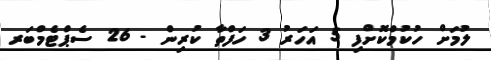
ލުމަށް ހުކުމްކޮށްފި 5 އަހަރު 3 ހަފްތާ ކުރިން - 26 ސެޕްޓެމްބަރ